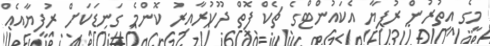
މީގެ އިތުރުން ރުފިޔާ އެކައުންޓްގެ ޗެކް ފޮތް ދޫކުރާއިރު ކޮންމެ ގަނޑަކަށް ރުފިޔާއެއް